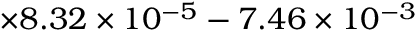
\times 8 . 3 2 \times 1 0 ^ { - 5 } - 7 . 4 6 \times 1 0 ^ { - 3 }